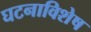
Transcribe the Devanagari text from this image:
घटनाविशेष